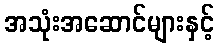
အသုံးအဆောင်များနှင့်